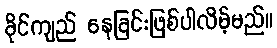
ခိုင်ကျည် နေခြင်းဖြစ်ပါလိမ့်မည်။